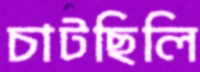
চাটছিলি